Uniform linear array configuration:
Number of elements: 32
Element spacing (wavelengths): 0.5
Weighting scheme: cosine
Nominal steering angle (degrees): -15
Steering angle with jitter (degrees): -16.598
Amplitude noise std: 0.05
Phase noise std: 0.05

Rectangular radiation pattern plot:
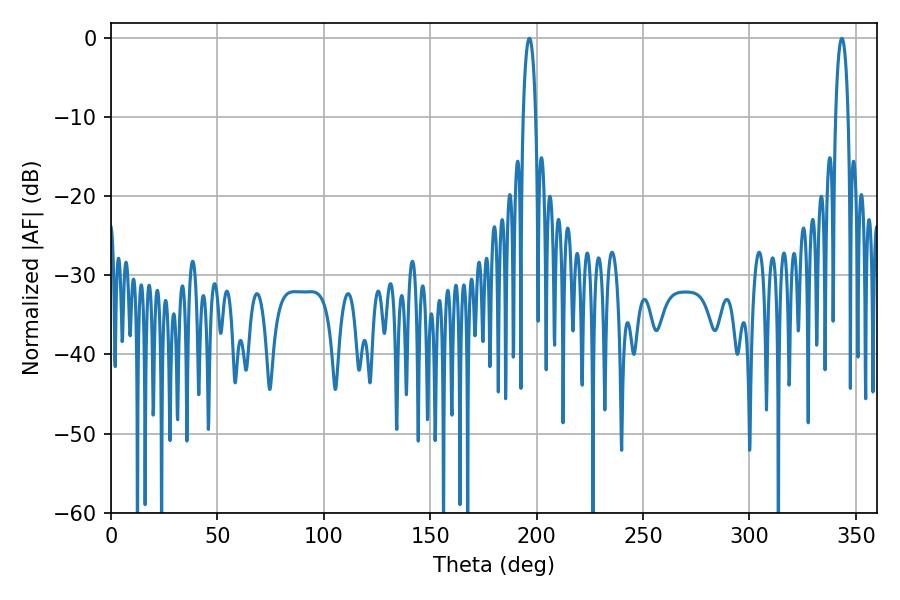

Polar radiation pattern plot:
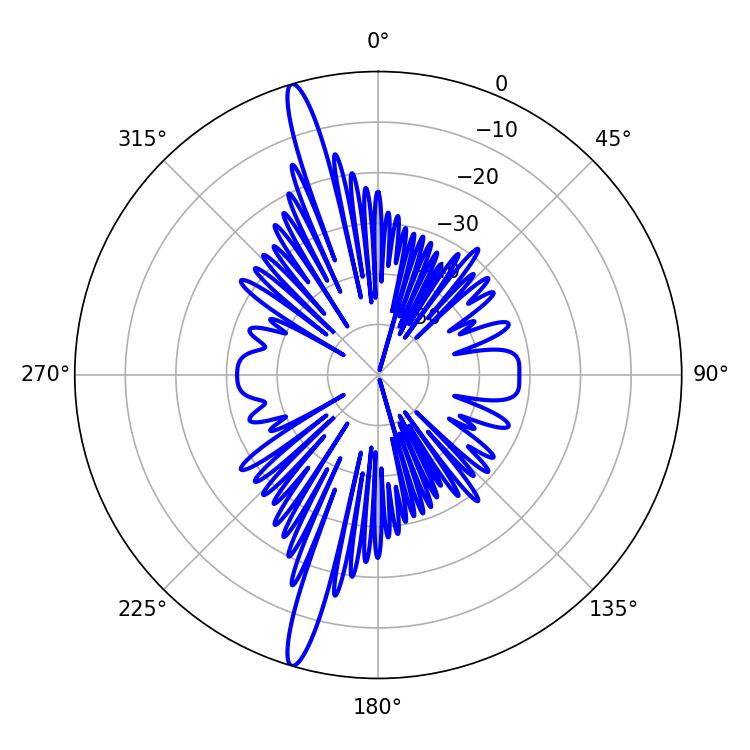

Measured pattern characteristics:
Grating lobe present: FALSE
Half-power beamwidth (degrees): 3.24
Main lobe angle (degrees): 196.56